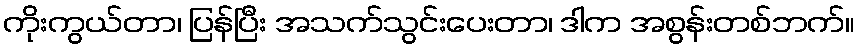
ကိုးကွယ်တာ၊ ပြန်ပြီး အသက်သွင်းပေးတာ၊ ဒါက အစွန်းတစ်ဘက်။